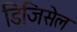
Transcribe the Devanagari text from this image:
डिजिसेल